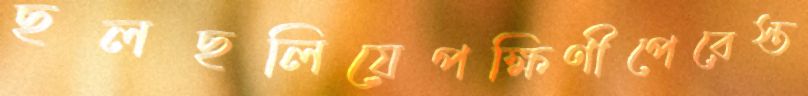
ছলছলিয়েপক্ষিণীপেরেস্ত